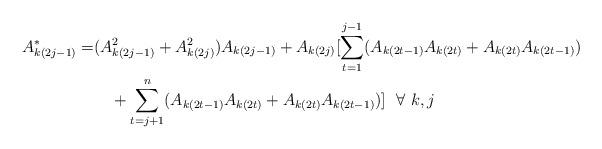
LaTeX: \begin{align*} A_{k(2j-1)}^* = &(A_{k(2j-1)}^2 + A_{k(2j)}^2)A_{k(2j-1)} + A_{k(2j)}[\sum_{t=1}^{j-1}(A_{k(2t-1)}A_{k(2t)} + A_{k(2t)}A_{k(2t-1)})\\ & \ \ \ + \sum_{t=j+1}^n(A_{k(2t-1)}A_{k(2t)} + A_{k(2t)}A_{k(2t-1)})] \ \ \forall \ k,j \end{align*}